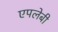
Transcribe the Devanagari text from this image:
एपलेबी